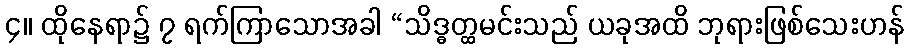
၄။ ထိုနေရာ၌ ၇ ရက်ကြာသောအခါ “သိဒ္ဓတ္ထမင်းသည် ယခုအထိ ဘုရားဖြစ်သေးဟန်